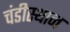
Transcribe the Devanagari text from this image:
चंडीस्थान